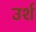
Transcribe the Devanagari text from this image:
उर्श